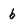
Character: b